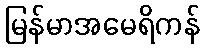
မြန်မာအမေရိကန်